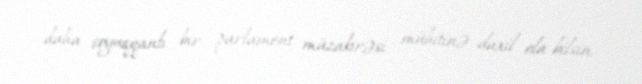
daha soyuqqanlı bir parlament müzakirəsi mühitinə daxil ola bilsin.